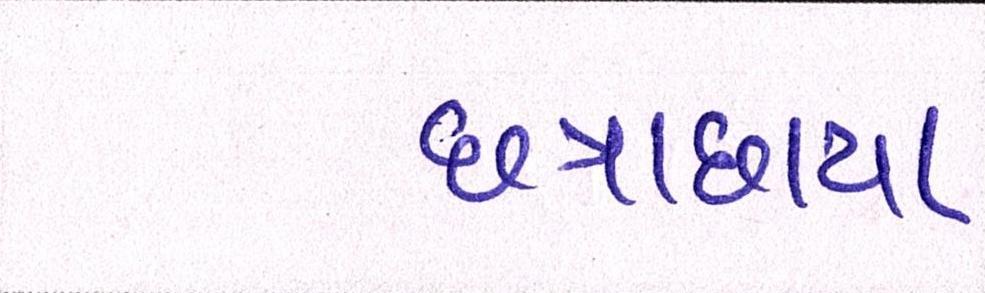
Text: છત્રાછાયા